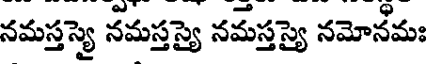
నమస్తస్యై నమస్తస్యై నమస్తస్యై నమోనమః